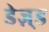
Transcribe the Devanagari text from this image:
डेज़्ड